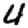
Digit: 4